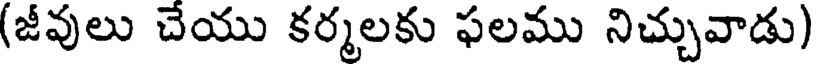
(జీవులు చేయు కర్మలకు ఫలము నిచ్చువాడు)